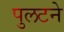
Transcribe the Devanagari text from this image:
पुलटने